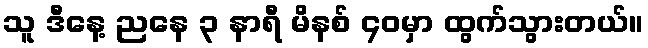
သူ ဒီနေ့ ညနေ ၃ နာရီ မိနစ် ၄၀မှာ ထွက်သွားတယ်။